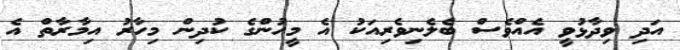
އަދި ވިދާޅުވީ އެއްވެސް ބެލެނިވެރިއަކު އެ މީހުންގެ ކުދިން މިހާރު އިމާރާތް އެ